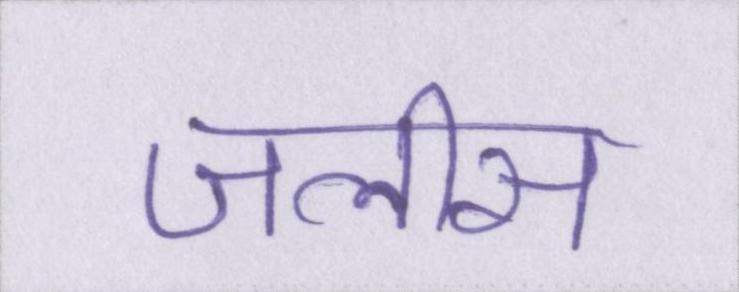
जलीस